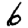
Digit: 6